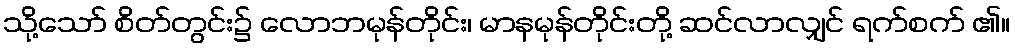
သို့သော် စိတ်တွင်း၌ လောဘမုန်တိုင်း၊ မာနမုန်တိုင်းတို့ ဆင်လာလျှင် ရက်စက် ၏။